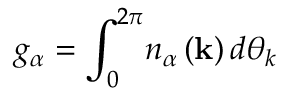
g _ { \alpha } = \int _ { 0 } ^ { 2 \pi } \! n _ { \alpha } \left( \mathbf { k } \right) d \theta _ { k }